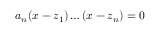
a _ { n } ( x - z _ { 1 } ) \dots ( x - z _ { n } ) = 0